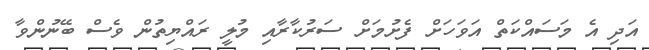
އަދި އެ މަސައްކަތް އަވަހަށް ފެށުމަށް ސަރުކާރާއި މުލީ ރައްޔިތުން ވެސް ބޭނުންވާ